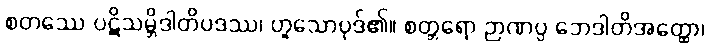
စတဿေ ပဋိသမ္ဘိဒါတိပဒဿ၊ ဟူသောပုဒ်၏။ စတ္တရော ဉာဏပ္ပ ဘေဒါတိအတ္ထော၊